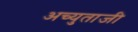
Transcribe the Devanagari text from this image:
अच्युताजी